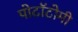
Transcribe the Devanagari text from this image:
पोटॉटोमी